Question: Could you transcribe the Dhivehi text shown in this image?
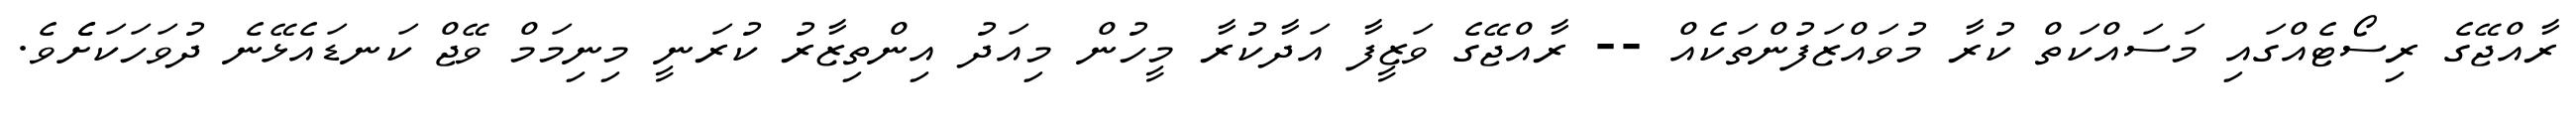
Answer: ރާއްޖޭގެ ރިސޯޓެއްގައި މަސައްކަތް ކުރާ މުވައްޒަފުންތަކެއް -- ރާއްޖޭގެ ވަޒީފާ އަދާކުރާ މީހުން މިއަދު އިންތިޒާރު ކުރަނީ މިނިމަމް ވޭޖް ކަނޑައެޅޭނެ ދުވަހަކަށެެވެ.